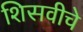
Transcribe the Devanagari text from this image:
शिसवीचे